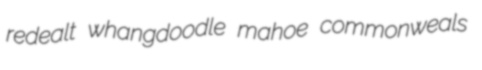
redealt whangdoodle mahoe commonweals